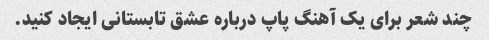
چند شعر برای یک آهنگ پاپ درباره عشق تابستانی ایجاد کنید.